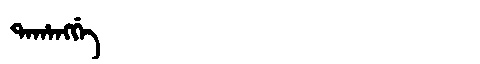
Manchu: ᡨᠠᡥᠠᠩᡤᡝ
Romanization: TAHANGGE